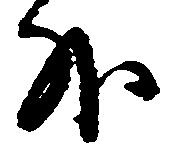
外